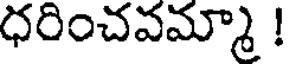
ధరించవమ్మా !